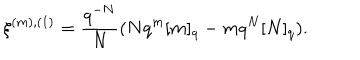
LaTeX: \xi ^ { ( m ) , ( 1 ) } = \frac { q ^ { - N } } { N } ( N q ^ { m } [ m ] _ { q } - m q ^ { N } [ N ] _ { q } ) .